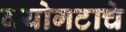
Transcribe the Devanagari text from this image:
वयोगटाचे